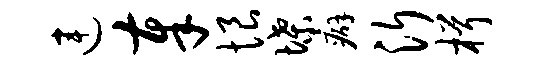
连奉恨堞癖沂楫